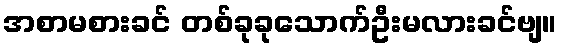
အစာမစားခင် တစ်ခုခုသောက်ဦးမလားခင်ဗျ။